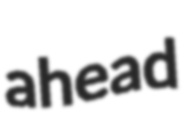
ahead